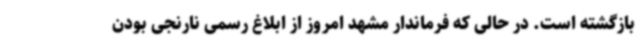
بازگشته است. در حالی که فرماندار مشهد امروز از ابلاغ رسمی نارنجی بودن